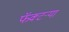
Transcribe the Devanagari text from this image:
फॅक्टऱ्या